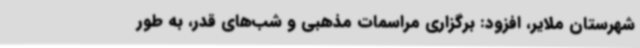
شهرستان ملایر، افزود: برگزاری مراسمات مذهبی و شب‌های قدر، به طور